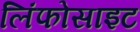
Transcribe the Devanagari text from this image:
लिंफोसाइट